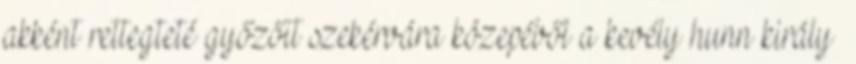
akként rettegteté győzőit szekérvára közepéből a kevély hunn király»